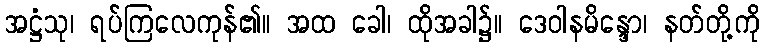
အဋ္ဌံသု၊ ရပ်ကြလေကုန်၏။ အထ ခေါ၊ ထိုအခါ၌။ ဒေဝါနမိန္ဒော၊ နတ်တို့ကို